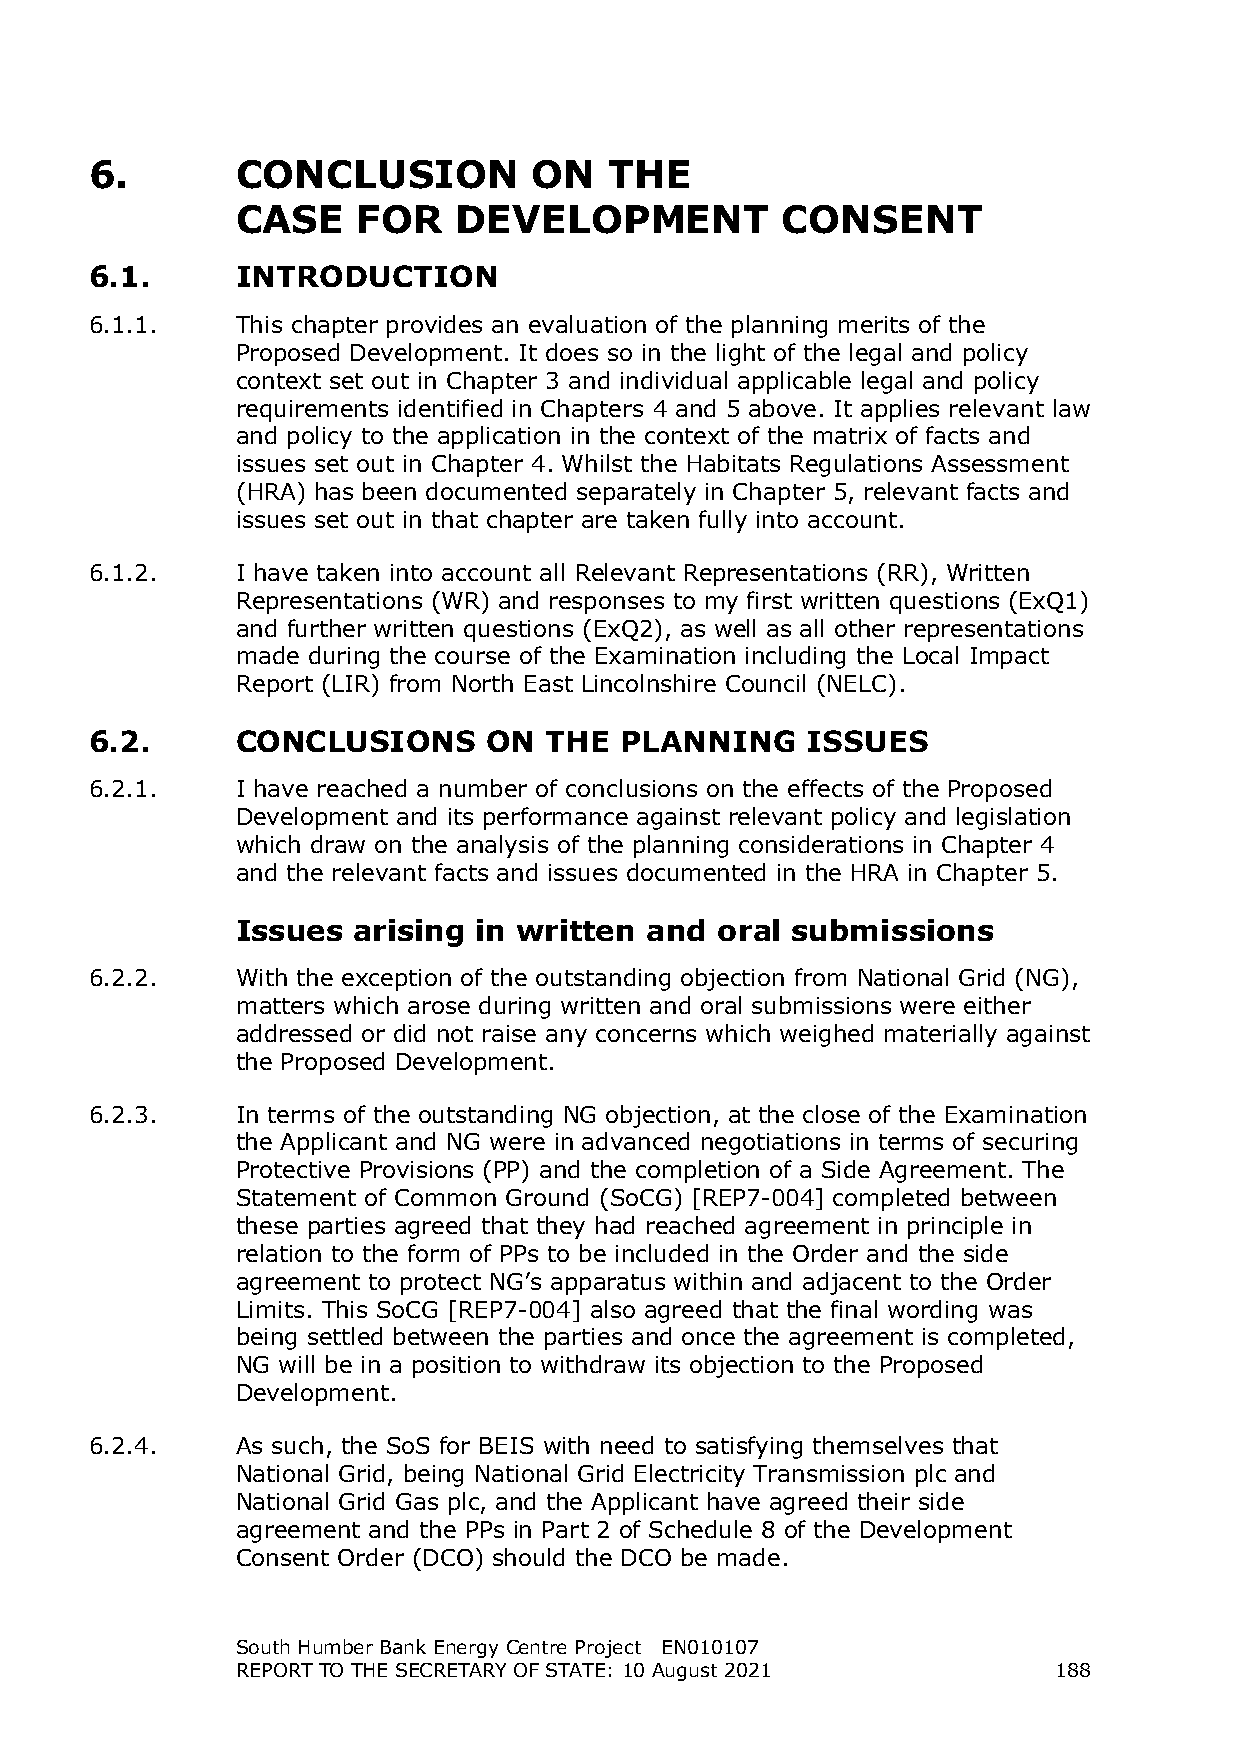
6.        CONCLUSION         ON   THE
 CASE    FOR   DEVELOPMENT           CONSENT
 6.1.      INTRODUCTION
 6.1.1.    This chapter provides an evaluation of the planning merits of the
 Proposed Development. It does so in the light of the legal and policy
 context set out in Chapter 3 and individual applicable legal and policy
 requirements identified in Chapters 4 and 5 above. It applies relevant law
 and policy to the application in the context of the matrix of facts and
 issues set out in Chapter 4. Whilst the Habitats Regulations Assessment
 (HRA) has been documented separately in Chapter 5, relevant facts and
 issues set out in that chapter are taken fully into account.
 6.1.2.    I have taken into account all Relevant Representations (RR), Written
 Representations (WR) and responses to my first written questions (ExQ1)
 and further written questions (ExQ2), as well as all other representations
 made during the course of the Examination including the Local Impact
 Report (LIR) from North East Lincolnshire Council (NELC).
 6.2.      CONCLUSIONS     ON  THE  PLANNING    ISSUES
 6.2.1.    I have reached a number of conclusions on the effects of the Proposed
 Development and its performance against relevant policy and legislation
 which draw on the analysis of the planning considerations in Chapter 4
 and the relevant facts and issues documented in the HRA in Chapter 5.
 Issues arising  in written and oral submissions
 6.2.2.    With the exception of the outstanding objection from National Grid (NG),
 matters which arose during written and oral submissions were either
 addressed or did not raise any concerns which weighed materially against
 the Proposed Development.
 6.2.3.    In terms of the outstanding NG objection, at the close of the Examination
 the Applicant and NG were in advanced negotiations in terms of securing
 Protective Provisions (PP) and the completion of a Side Agreement. The
 Statement of Common Ground (SoCG) [REP7-004] completed between
 these parties agreed that they had reached agreement in principle in
 relation to the form of PPs to be included in the Order and the side
 agreement to protect NG’s apparatus within and adjacent to the Order
 Limits. This SoCG [REP7-004] also agreed that the final wording was
 being settled between the parties and once the agreement is completed,
 NG will be in a position to withdraw its objection to the Proposed
 Development.
 6.2.4.    As such, the SoS for BEIS with need to satisfying themselves that
 National Grid, being National Grid Electricity Transmission plc and
 National Grid Gas plc, and the Applicant have agreed their side
 agreement and the PPs in Part 2 of Schedule 8 of the Development
 Consent Order (DCO) should the DCO be made.
 South Humber Bank Energy Centre Project EN010107
 REPORT TO THE SECRETARY OF STATE: 10 August 2021      188